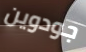
جودوين